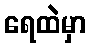
ရေထဲမှာ